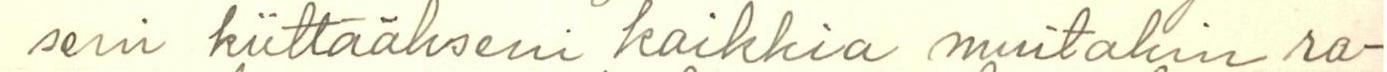
seni kiittääkseni kaikkia muitakin ra-